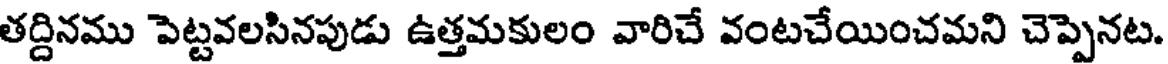
తద్దినము పెట్టవలసినపుడు ఉత్తమకులం వారిచే వంటచేయించమని చెప్పెనట.